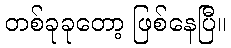
တစ်ခုခုတော့ ဖြစ်နေပြီ။